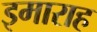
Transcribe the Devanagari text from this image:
इमाराह